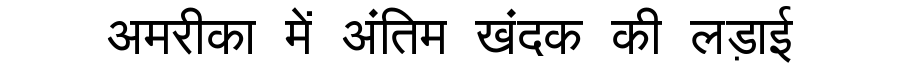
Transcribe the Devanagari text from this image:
अमरीका में अंतिम खंदक की लड़ाई